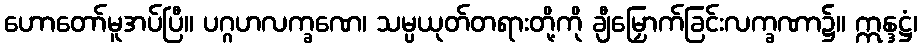
ဟောတော်မူအပ်ပြီ။ ပဂ္ဂဟလက္ခဏေ၊ သမ္ပယုတ်တရားတို့ကို ချီမြှောက်ခြင်းလက္ခဏာ၌။ ဣန္ဒဋ္ဌံ၊